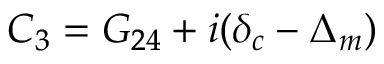
{ C _ { 3 } } = { G _ { 2 4 } } + i ( { \delta _ { c } } - { \Delta _ { m } } )